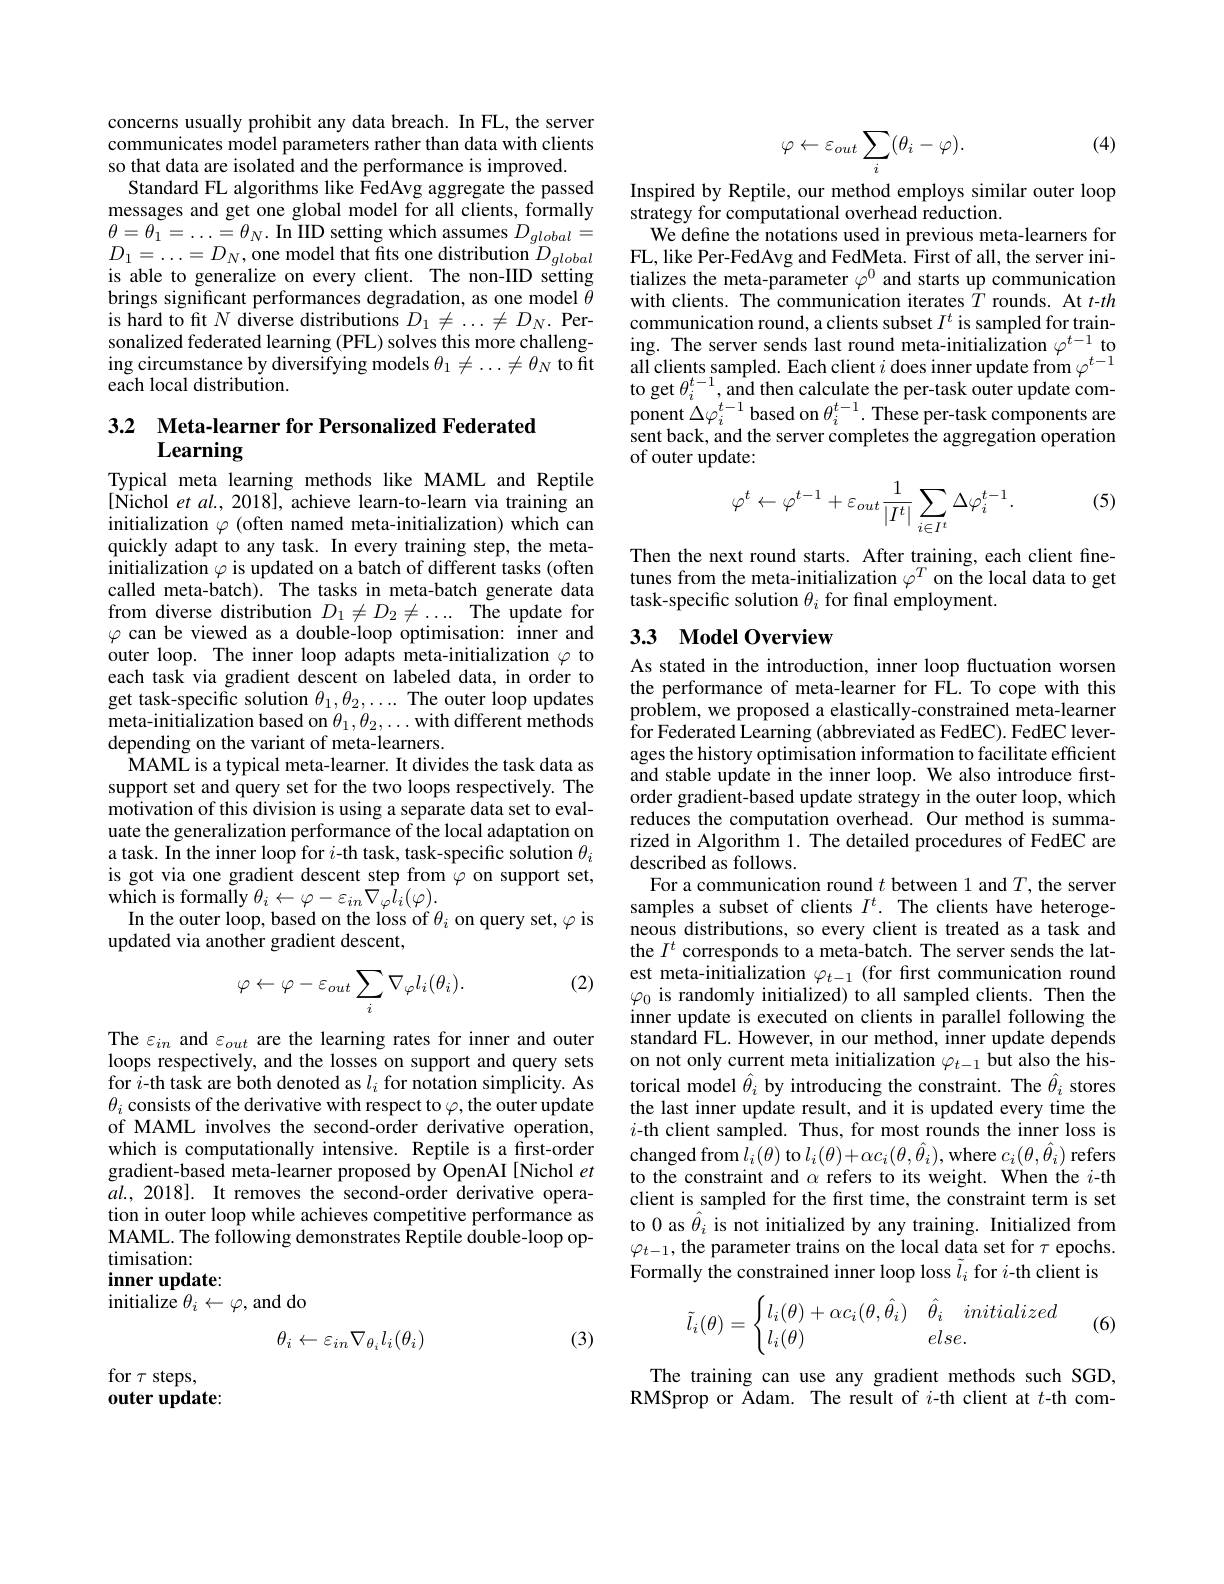
concerns usually prohibit any data breach. In FL, the server communicates model parameters rather than data with clients so that data are isolated and the performance is improved.
Standard FL algorithms like FedAvg aggregate the passed messages and get one global model for all clients, formally $\theta=\theta_{1}=\ldots=\theta_{N}.$ In IID setting which assumes $D_global=$ $D_{1}=\ldots=D_{N}$,one model that fits one distribution $D_global$ is able to generalize on every client. The non-IID setting brings significant performances degradation, as one model $\tilde{\theta}$ is hard to fit $N$ diverse distributions $D_1\neq\ldots\neq D_N.$ Personalized federated learning (PFL) solves this more challenging circumstance by diversifying models $\theta_1\neq\ldots\neq\theta_N$ to fit each local distribution.

## 3.2 Meta-learner for Personalized Federated Learning

Typical meta learning methods like MAML and Reptile [Nichol et $al,2018]$, achieve learn-to-learn via training an initialization $\varphi$ (often named meta-initialization) which can quickly adapt to any task. In every training step, the metainitialization $\varphi$ is updated on a batch of different tasks (often called meta-batch). The tasks in meta-batch generate data from diverse distribution $D_1\neq D_2\neq\ldots$ The update for $\varphi$ can be viewed as a double-loop optimisation: inner and outer loop. The inner loop adapts meta-initialization $\varphi$ to each task via gradient descent on labeled data, in order to get task-specific solution $\theta_1,\theta_2,\ldots$ The outer loop updates $\operatorname*{meta-initialization}$based on $\theta_1,\theta_2,\ldots$with different methods depending on the variant of meta-learners.
MAML is a typical meta-learner. It divides the task data as support set and query set for the two loops respectively. The motivation of this division is using a separate data set to evaluate the generalization performance of the local adaptation on a task. In the inner loop for $i$-th task, task-specific solution $\theta_i$ is got via one gradient descent step from $\varphi$ on support set, $\mathop{\mathrm{which~is~formally~}}\theta_{i}\leftarrow\varphi-\varepsilon_{in}\nabla_{\varphi}\dot{l}_{i}(\varphi).$
In the outer loop, based on the loss of $\theta_i$ on query set, $\varphi$ is
updated via another gradient descent,

(2)
$$\varphi\leftarrow\varphi-\varepsilon_{out}\sum_{i}\nabla_{\varphi}l_{i}(\theta_{i}).$$
The $\varepsilon_{in}$ and $\varepsilon_out$ are the learning rates for inner and outer loops respectively, and the losses on support and query sets for $i$-th task are both denoted as $l_i$ for notation simplicity. As $\theta_{i}$ consists of the derivative with respect to $\varphi$,the outer update of MAML involves the second-order derivative operation, which is computationally intensive. Reptile is a first-order gradient-based meta-learner proposed by OpenAI [Nichol et $al.,2018].$ It removes the second-order derivative operation in outer loop while achieves competitive performance as MAML. The following demonstrates Reptile double-loop optimisation:
${\textbf{inner update:}}$
initialize $\theta_i\leftarrow\varphi$, and do

(3)
$$\theta_i\leftarrow\varepsilon_{in}\nabla_{\theta_i}l_i(\theta_i)$$
for $\tau$ steps,
outer update:

(4)
$$\varphi\leftarrow\varepsilon_{out}\sum_{i}(\theta_{i}-\varphi).$$
Inspired by Reptile, our method employs similar outer loop
strategy for computational overhead reduction.
We define the notations used in previous meta-learners for FL, like Per-FedAvg and FedMeta. First of all, the server initializes the meta-parameter $\varphi^0$ and starts up communication with clients. The communication iterates $\hat{T}$ rounds. At $t$-$th$ communication round, a clients subset $I^t$ is sampled for train- $\begin{array}{l}\mathrm{ing.~The~server~sends~last~round~meta-initialization~}\varphi^{t-1}\text{ to}\\\mathrm{all~clients~sampled.~Each~client~}i\text{ does inner update from }\varphi^{t-1}\end{array}$ $\begin{array}{l}{\mathrm{to~get~}\theta_{i}^{t-1},\mathrm{and~then~calculate~the~per-task~outer~update~com-}}\\{\mathrm{ponent~}\Delta\varphi_{i}^{t-1}\mathrm{based~on~}\theta_{i}^{t-1}.\mathrm{~These~per-task~components~are}}\end{array}$ sent back, and the server completes the aggregation operation of outer update:

(5)
$$\varphi^t\leftarrow\varphi^{t-1}+\varepsilon_{out}\frac{1}{|I^t|}\sum_{i\in I^t}\Delta\varphi_i^{t-1}.$$
Then the next round starts. After training, each client finetunes from the meta-initialization $\varphi^T$ on the local data to get task-specific solution $\theta_i$ for final employment.

## 3.3 Model Overview

As stated in the introduction, inner loop fluctuation worsen the performance of meta-learner for FL. To cope with this problem, we proposed a elastically-constrained meta-learner $\hat{\text{for Federated Learning (abbreviated as FedEC). FedEC lever-}}$ ages the history optimisation information to facilitate efficient and stable update in the inner loop. We also introduce firstorder gradient-based update strategy in the outer loop, which reduces the computation overhead. Our method is summarized in Algorithm 1. The detailed procedures of FedEC are described as follows.
For a communication round $t$ between 1 and $T$, the server samples a subset of clients $I^t.$ The clients have heterogeneous distributions, so every client is treated as a task and the $I^t$ corresponds to a meta-batch. The server sends the latest meta-initialization $\varphi_{t-1}$ (for first communication round $\varphi_{0}$ is randomly initialized) to all sampled clients. Then the inner update is executed on clients in parallel following the standard FL. However, in our method, inner update depends on not only current meta initialization $\varphi_{t-1}$ but also the historical model $\hat{\theta}_i$ by introducing the constraint. The $\hat{\theta}_i$ stores the last inner update result, and it is updated every time the $i$-th client sampled. Thus, for most rounds the inner loss is $\mathop{\mathrm{changed~from~}l}_{i}(\theta)\mathop{\mathrm{to~}}l_{i}(\theta)+\alpha c_{i}(\theta,\hat{\theta}_{i}),\mathop{\mathrm{where~}c}_{i}(\theta,\hat{\theta}_{i})\mathop{\mathrm{refers}}$ to the constraint and $\alpha$ refers to its weight. When the $i$-th client is sampled for the first time, the constraint term is set to 0 as $\hat{\theta}_i$ is not initialized by any training. Initialized from $\varphi_{t-1}$, the parameter trains on the local data set for $\tau$ epochs. Formally the constrained inner loop loss $\tilde{l}_i$ for $i$-th client is
$$\tilde{l}_i(\theta)=\begin{cases}l_i(\theta)+\alpha c_i(\theta,\hat{\theta}_i)&\hat{\theta}_i\quad initialized\\l_i(\theta)&else.\end{cases}$$
(6)

The training can use any gradient methods such SGD, RMSprop or Adam. The result of $i$-th client at $t$-th com-